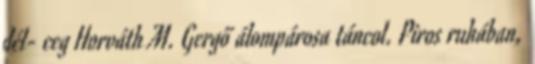
dél- ceg Horváth M. Gergő álompárosa táncol. Piros ruhában,